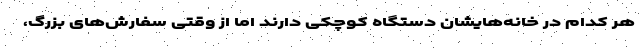
هر کدام در خانه‌هایشان دستگاه کوچکی دارند اما از وقتی سفارش‌های بزرگ،